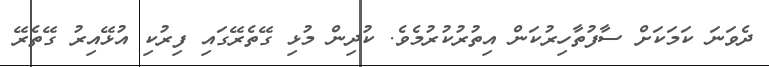
ދެވަނަ ކަމަކަށް ސާފުތާހިރުކަން އިތުރުކުރުމެވެ. ކުދިން މުޅި ގޭތެރޭގައި ފިރުކި އުޅޭއިރު ގޭތެރޭ